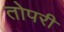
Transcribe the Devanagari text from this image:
तोपरी